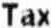
TAX